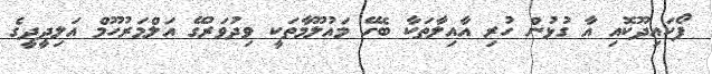
ފޯކައިދޫކޮއި އާ ގުޅުން ހުރި އާއިލާތަކާ ބެހޭ މައުލޫމާތަކީ ވިދުވަރުގޭ އަލްމަރުހޫމް އަލިދީދީގެ